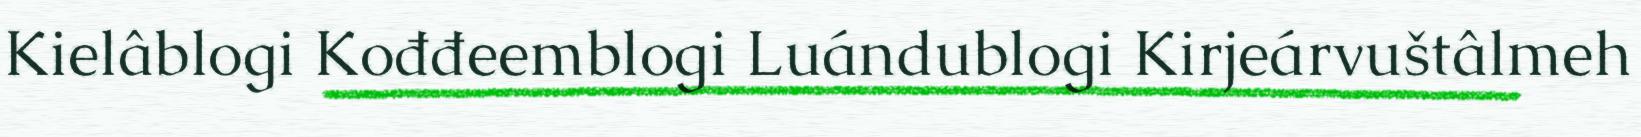
Kielâblogi Kođđeemblogi Luándublogi Kirjeárvuštâlmeh